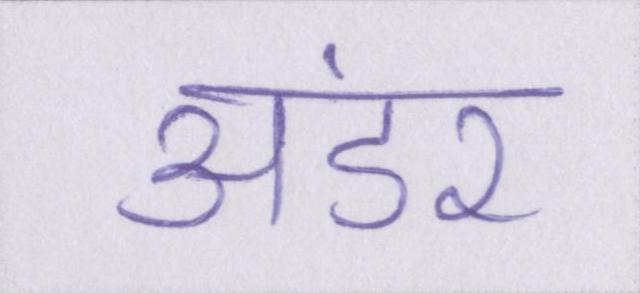
अंडर